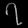
Digit: ၇